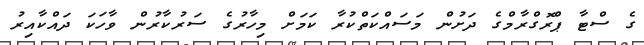
ގެ ސްޓާ ޕްރޮގްރާމްގެ ދަށުން މަސައްކަތްކުރާ ކަމަށް މިހާރުގެ ސަރުކާރުން ވާހަކަ ދައްކާއިރު